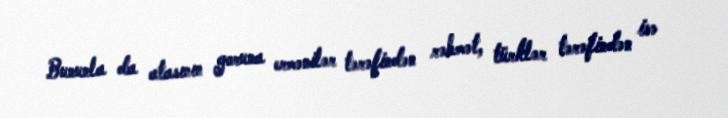
Bununla da atasının goruna ermənilər tərəfindən rəhmət, türklər tərəfindən isə